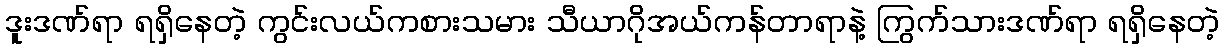
ဒူးဒဏ်ရာ ရရှိနေတဲ့ ကွင်းလယ်ကစားသမား သီယာဂိုအယ်ကန်တာရာနဲ့ ကြွက်သားဒဏ်ရာ ရရှိနေတဲ့